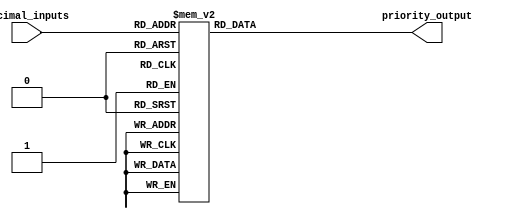
module Decimal_Priority_Encoder(
    input [3:0] decimal_inputs,
    output reg [3:0] priority_output
);

always @(*) begin
    case(decimal_inputs)
        4'b0001, 4'b0010, 4'b0011, 4'b0100, 4'b0101, 4'b0110, 4'b0111, 4'b1000: priority_output = 4'b1000;
        4'b1001: priority_output = 4'b1001;
        default: priority_output = 4'b0000;
    endcase
end

endmodule